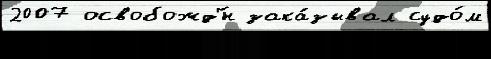
2007 освобожд'́н зака́зывал судо́м